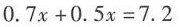
$$0 . 7 x + 0 . 5 x = 7 . 2$$